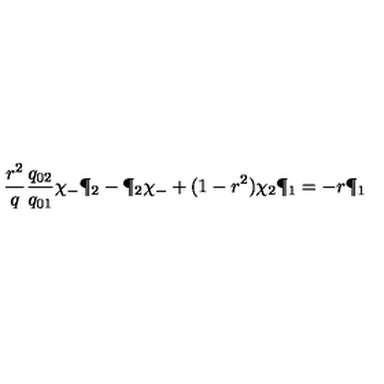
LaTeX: { \frac { r ^ { 2 } } { q } } { \frac { q _ { 0 2 } } { q _ { 0 1 } } } \chi _ { - } \P _ { 2 } - \P _ { 2 } \chi _ { - } + ( 1 - r ^ { 2 } ) \chi _ { 2 } \P _ { 1 } = - r \P _ { 1 }